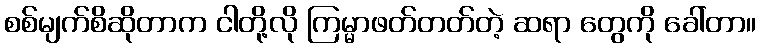
စစ်မျက်စိဆိုတာက ငါတို့လို ကြမ္မာဖတ်တတ်တဲ့ ဆရာ တွေကို ခေါ်တာ။